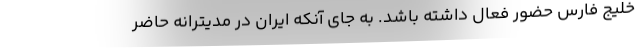
خلیج فارس حضور فعال داشته باشد. به جای آنکه ایران در مدیترانه حاضر